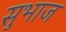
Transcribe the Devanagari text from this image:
सुभाज